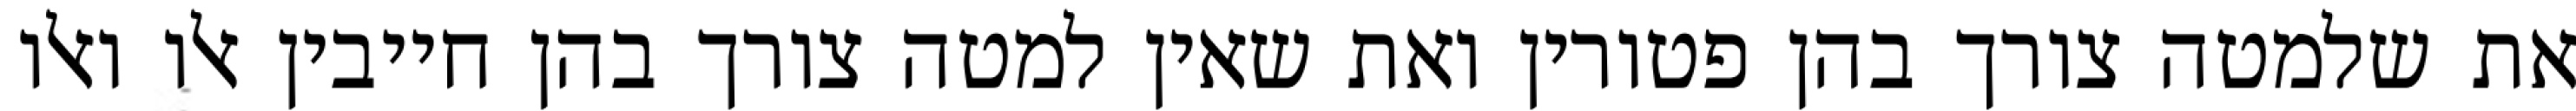
את שלמטה צורך בהן פטורין ואת שאין למטה צורך בהן חייבין אלו ואלו